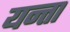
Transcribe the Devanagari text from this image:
यन्ता